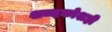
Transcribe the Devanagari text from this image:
शब्दकोशही